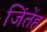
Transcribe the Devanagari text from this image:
जिंतेंह